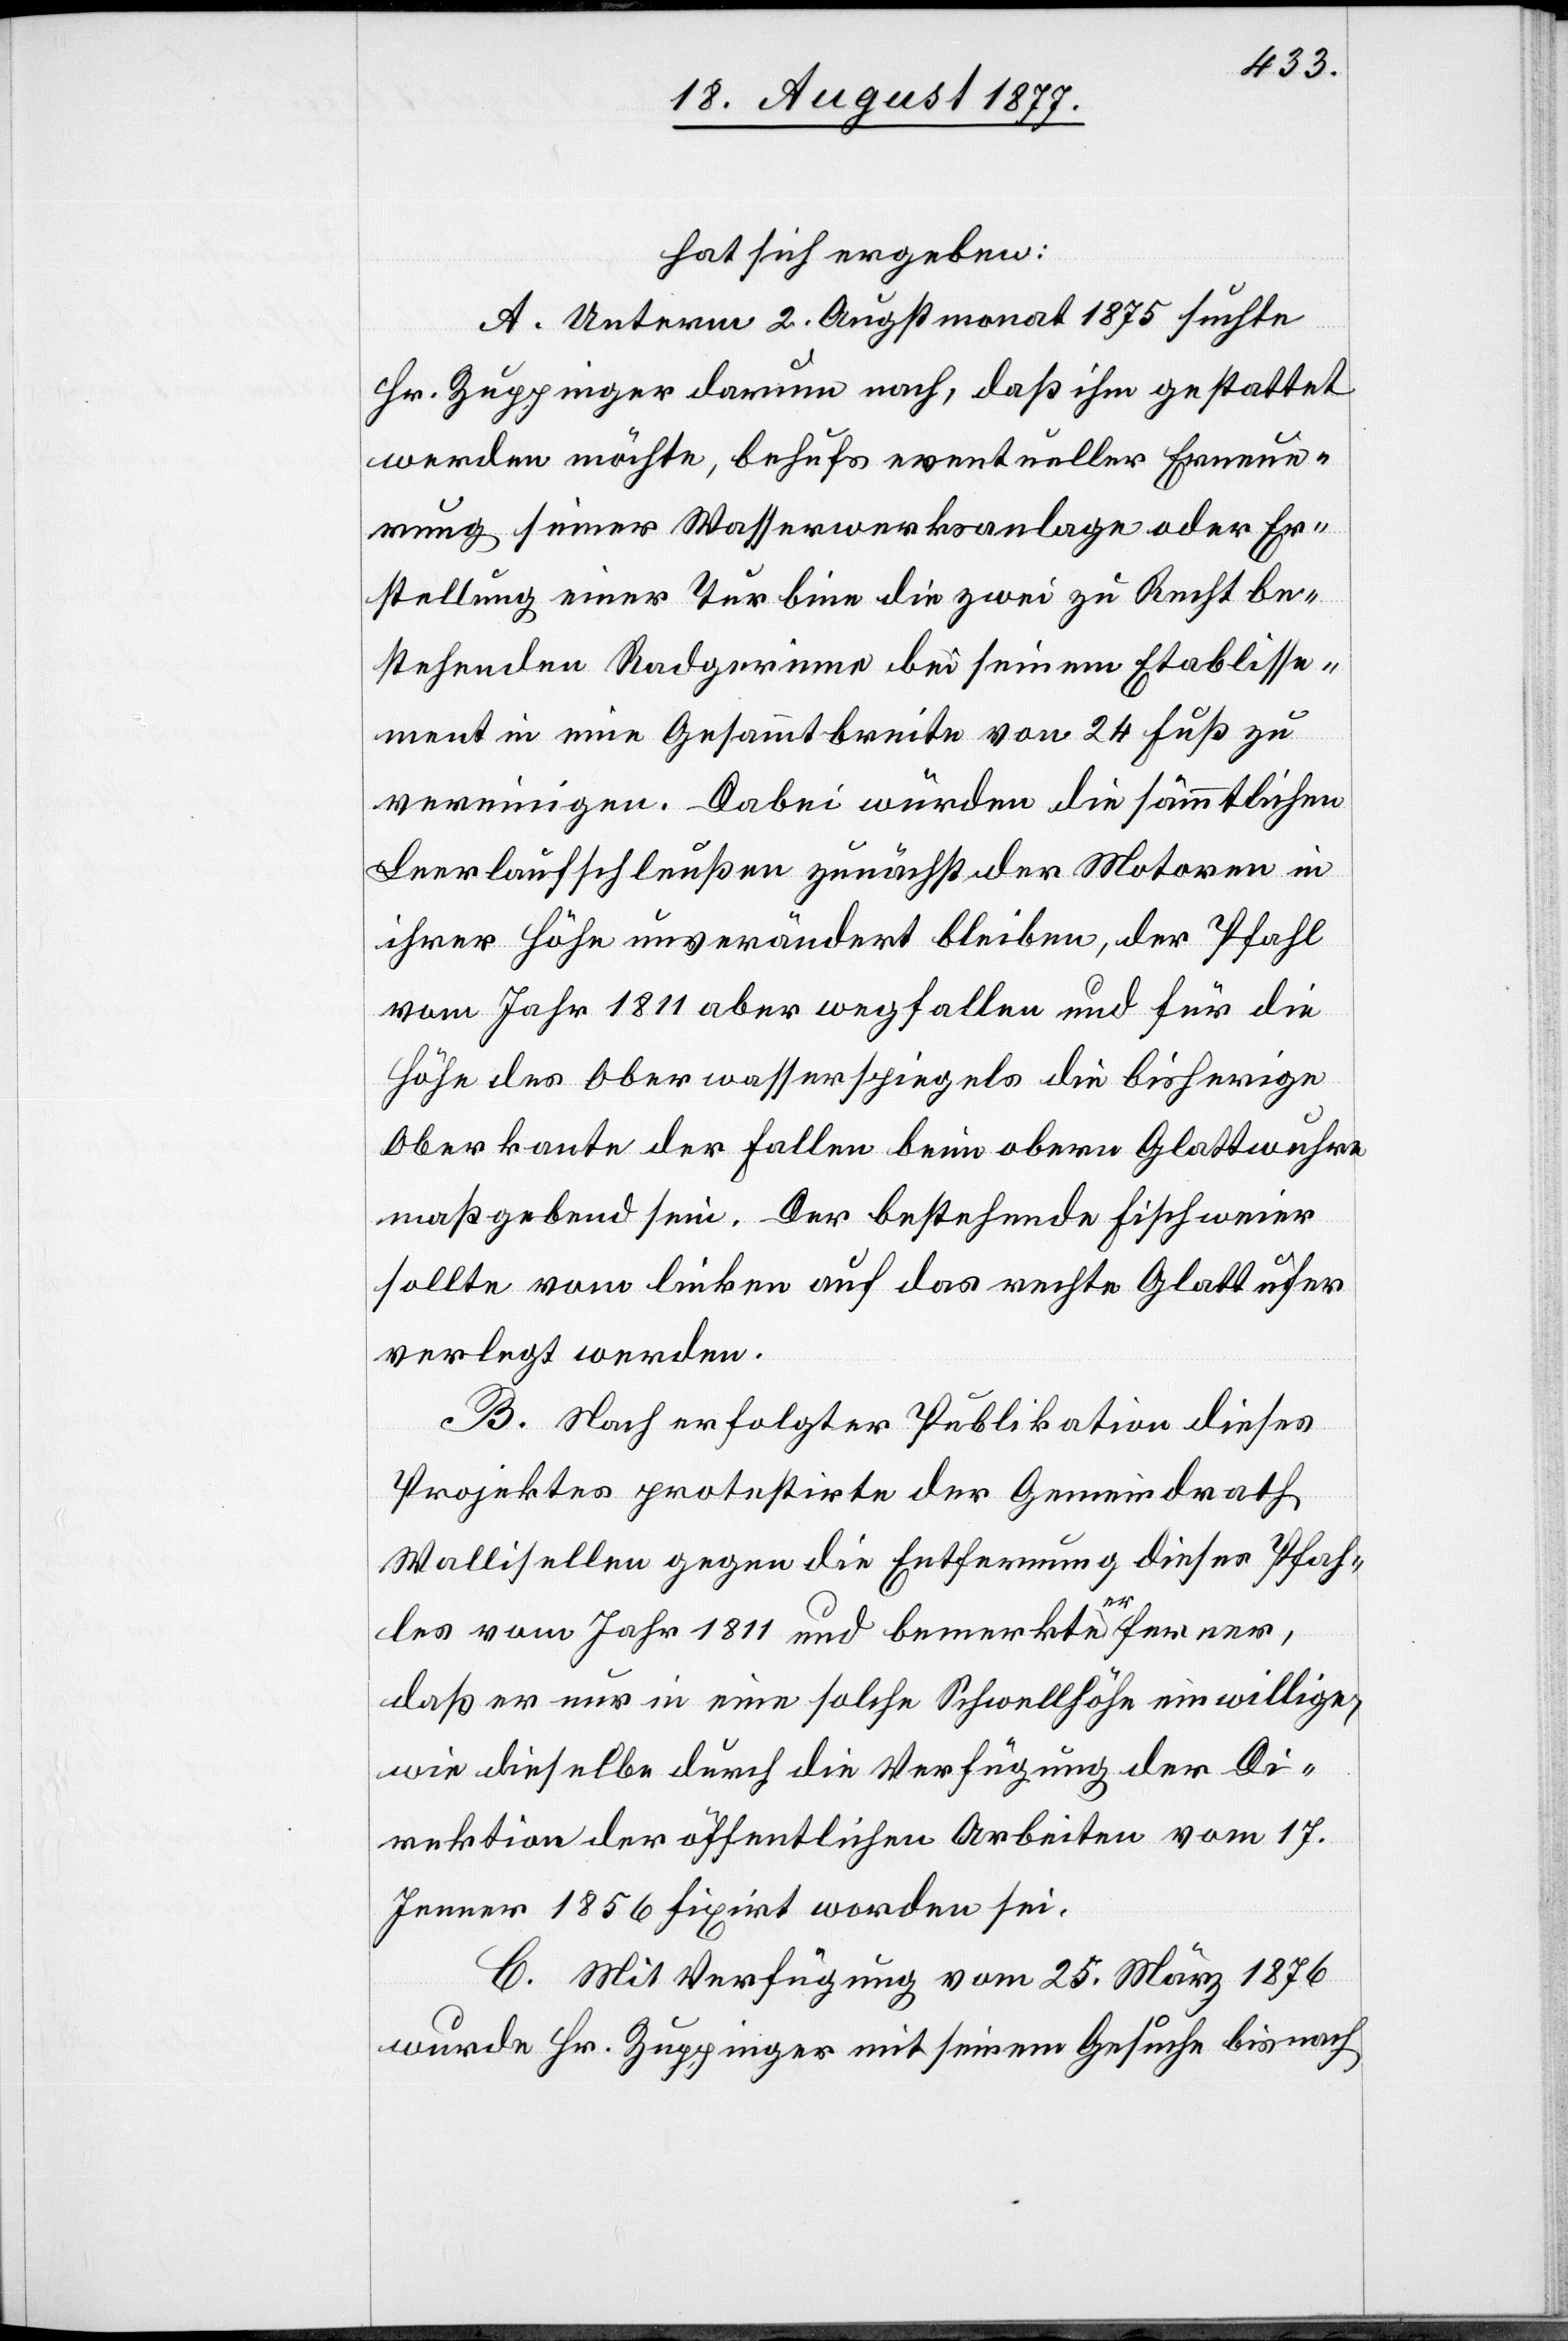
hat sich ergeben:
A. Unterm 2. Augstmonat 1875 suchte
Hr. Zuppinger darum nach, daß ihm gestattet
werden möchte, behufs eventueller Erneue¬
rung seiner Wasserwerksanlage oder Er¬
stellung einer Turbine die zwei zu Recht be¬
stehenden Radgerinne bei seinem Etablisse¬
ment in eine Gesammtbreite von 24 Fuß zu
vereinigen. Dabei würden die sämmtlichen
Leerlaufschleußen zunächst der Motoren in
ihrer Höhe unverändert bleiben, der Pfahl
vom Jahr 1811 aber wegfallen und für die
Höhe des Oberwasserspiegels die bisherige
Oberkante der Fallen beim obern Glattwuhre
maßgebend sein. Der bestehende Fischweier
sollte vom linken auf das rechte Glattufer
verlegt werden.
B. Nach erfolgter Publikation dieses
Projektes protestirte der Gemeindrath
Wallisellen gegen die Entfernung dieses Pfah¬
les vom Jahr 1811 und bemerkte er ferner,
daß er nur in eine solche Schwellhöhe einwillige,
wie dieselbe durch die Verfügung der Di¬
rektion der öffentlichen Arbeiten vom 17.
Jenner 1856 fixirt worden sei.
C. Mit Verfügung vom 25. März 1876
wurde Hr. Zuppinger mit seinem Gesuche bis nach